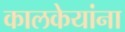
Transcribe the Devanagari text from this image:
कालकेयांना